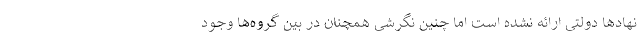
نهادها دولتی ارائه نشده است اما چنین نگرشی همچنان در بین گروه‌ها وجود